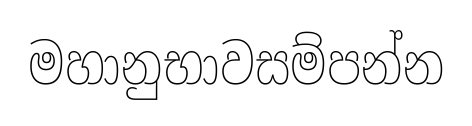
මහානුභාවසම්පන්න